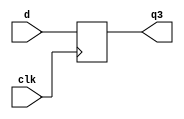
module pipeb1 (q3, d, clk);
      output [7:0] q3; 
      input  [7:0] d; 
      input        clk; 
      reg    [7:0] q3, q2, q1; 
 
      always @(posedge clk)  
        begin 
           q1 = d; 
           q2 = q1; 
           q3 = q2; 
       end 
    endmodule 

module pipeb2 (q3, d, clk);
      output [7:0] q3; 
      input  [7:0] d; 
      input        clk; 
      reg    [7:0] q3, q2, q1; 
 
      always @(posedge clk)  
        begin 
          q3 = q2; 
          q2 = q1; 
          q1 = d; 
        end 
    endmodule 
  
 module pipeb3 (q3, d, clk);
      output [7:0] q3; 
      input  [7:0] d; 
      input        clk; 
      reg    [7:0] q3, q2, q1; 
 
      always @(posedge clk) q1 = d; 
      always @(posedge clk) q2 = q1; 
      always @(posedge clk) q3 = q2; 
    endmodule 
 
     module pipeb4 (q3, d, clk);
      output [7:0] q3; 
      input  [7:0] d; 
      input        clk; 
      reg    [7:0] q3, q2, q1; 
      

      always @(posedge clk) q2 = q1; 
      always @(posedge clk) q3 = q2; 
      always @(posedge clk) q1 = d; 
    endmodule